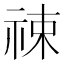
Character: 𬒶